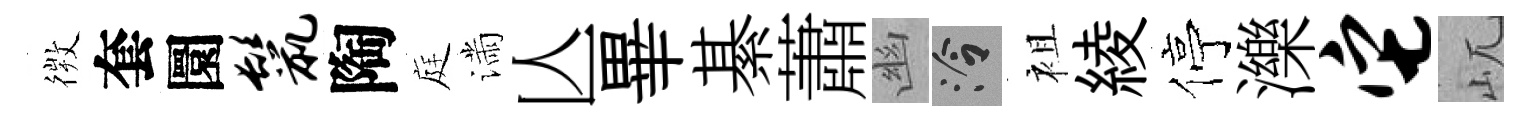
𢕄套圜鬣陶庭滿亾畢綦蕭幽泠袓綾停濼它屼